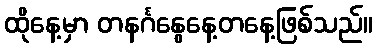
ထိုနေ့မှာ တနင်္ဂနွေနေ့တနေ့ဖြစ်သည်။